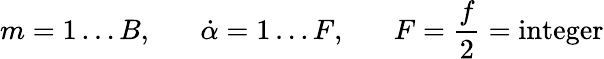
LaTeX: m=1\ldots B,\; \; \; \; \; \; \dot{\alpha}=1\ldots F,\; \; \; \; \; \; F=\frac{f}{2}=\textup{integer}